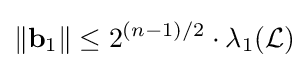
\Vert \mathbf {b} _{1}\Vert \leq 2^{(n-1)/2}\cdot \lambda _{1}({\mathcal {L}})